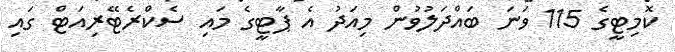
ކޮމިޓީގެ 115 ވަނަ ބައްދަލުވުން މިއަދު އެ ޕާޓީގެ މައި ސެކްރެޓޭރިއަޓް ގައި